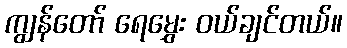
ကျွန်တော် ရေမွှေး ဝယ်ချင်တယ်။